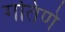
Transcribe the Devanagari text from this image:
गतिणे